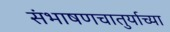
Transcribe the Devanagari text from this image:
संभाषणचातुर्याच्या